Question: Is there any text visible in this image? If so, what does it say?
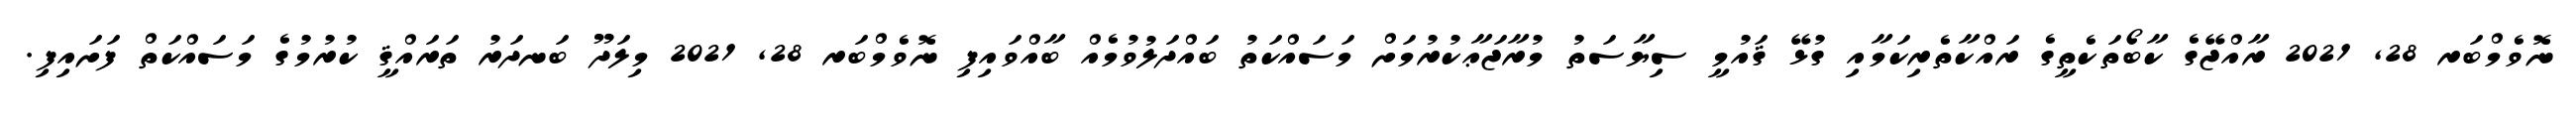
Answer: ނޮވެމްބަރ 28, 2021 ރާއްޖޭގެ ކާބޯތަކެތީގެ ރައްކާތެރިކަމާއި ގުޅޭ ޤައުމީ ސިޔާސަތު މުރާޖަޢާކުރުމަށް މަސައްކަތު ބައްދަލުވުމެއް ބާއްވައިފި ނޮވެމްބަރ 28, 2021 މިލަދޫ ބަނދަރު ތަރައްޤީ ކުރުމުގެ މަސައްކަތް ފަށައިފި.